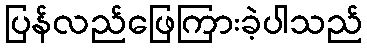
ပြန်လည်ဖြေကြားခဲ့ပါသည်